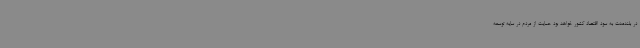
در بلندمدت به سود اقتصاد کشور خواهد بود حمایت از مردم در سایه توسعه